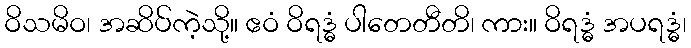
ဝိသမိဝ၊ အဆိပ်ကဲ့သို့။ ဧဝံ ဝိရဒ္ဓံ ပါတေတီတိ၊ ကား။ ဝိရဒ္ဓံ အပရဒ္ဓံ၊